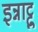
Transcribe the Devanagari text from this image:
इन्नाट्टु